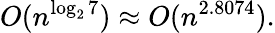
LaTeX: O(n^{\log_{2}7})\approx O(n^{2.8074}).